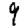
Digit: 9